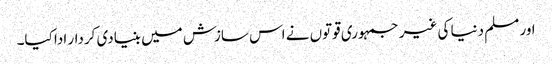
اور مسلم دنیا کی غیر جمہوری قوتوں نے اس سازش میں بنیادی کردار ادا کیا۔